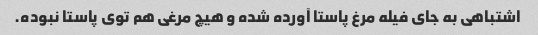
اشتباهی به جای فیله مرغ پاستا آورده شده و هیچ مرغی هم توی پاستا نبوده.